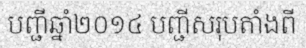
បញ្ជីឆ្នាំ២០១៤ បញ្ជីសរុបតាំងពី